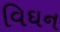
વિઘન